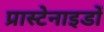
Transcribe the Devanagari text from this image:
प्रास्टेनाइडों